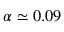
\alpha \simeq 0 . 0 9